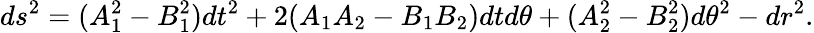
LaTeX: ds^{2}=(A_{1}^{2}-B_{1}^{2})dt^{2}+2(A_{1}A_{2}-B_{1}B_{2})dtd\theta+(A_{2}^{2}-B_{2}^{2})d\theta^{2}-dr^{2}.